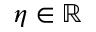
\eta \in \mathbb R